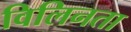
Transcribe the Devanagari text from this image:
विलिनता